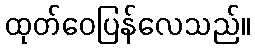
ထုတ်ဝေပြန်လေသည်။